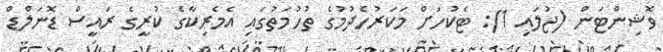
ވޮޝިންޓަން (ޖުލައި 1): ޓެކުހަށް މަކަރުހެދުމުގެ ތުހުމަތުގައި އެމެރިކާގެ ކުރީގެ ރައީސް ޑޮނަލްޑް